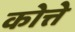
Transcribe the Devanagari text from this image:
कोत्ते